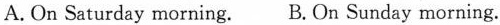
A.On Saturday morning. B.On Sunday morning.